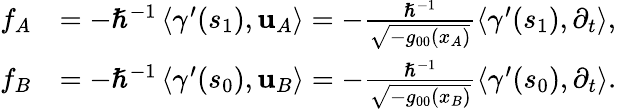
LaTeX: \begin{array}{rl}{f_{A}}&{=-\hslash^{-1}\left\langle\gamma^{\prime}(s_{1}),\mathbf{u}_{A}\right\rangle=-\frac{\hslash^{-1}}{\sqrt{-g_{00}(x_{A})}}\left\langle\gamma^{\prime}(s_{1}),\partial_{t}\right\rangle,}\\ {f_{B}}&{=-\hslash^{-1}\left\langle\gamma^{\prime}(s_{0}),\mathbf{u}_{B}\right\rangle=-\frac{\hslash^{-1}}{\sqrt{-g_{00}(x_{B})}}\left\langle\gamma^{\prime}(s_{0}),\partial_{t}\right\rangle.}\end{array}